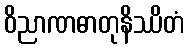
ဝိညာဏဓာတုနိဿိတံ